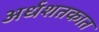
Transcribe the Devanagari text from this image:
अर्धशतकात